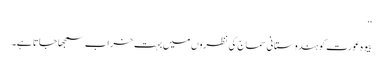
‘‘
بیوہ عورت کو ہندوستانی سماج کی نظروں میں بہت خراب سمجھا جاتا ہے۔